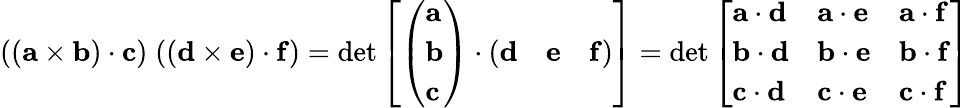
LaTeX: ((\mathbf{a}\times\mathbf{b})\cdot\mathbf{c})\; ((\mathbf{d}\times\mathbf{e})\cdot\mathbf{f})=\operatorname*{det}\left[{\left(\begin{array}{l}{\mathbf{a}}\\ {\mathbf{b}}\\ {\mathbf{c}}\end{array}\right)}\cdot{\left(\begin{array}{lll}{\mathbf{d}}&{\mathbf{e}}&{\mathbf{f}}\end{array}\right)}\right]=\operatorname*{det}{\left[\begin{array}{lll}{\mathbf{a}\cdot\mathbf{d}}&{\mathbf{a}\cdot\mathbf{e}}&{\mathbf{a}\cdot\mathbf{f}}\\ {\mathbf{b}\cdot\mathbf{d}}&{\mathbf{b}\cdot\mathbf{e}}&{\mathbf{b}\cdot\mathbf{f}}\\ {\mathbf{c}\cdot\mathbf{d}}&{\mathbf{c}\cdot\mathbf{e}}&{\mathbf{c}\cdot\mathbf{f}}\end{array}\right]}